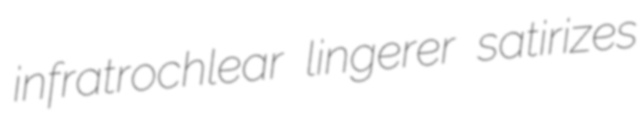
infratrochlear lingerer satirizes